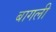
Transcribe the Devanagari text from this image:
बागली